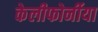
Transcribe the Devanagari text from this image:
केलीफोर्नीया